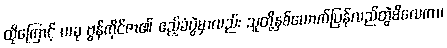
ထိုကြောင့် ယခု ဗွန်ကိုင်ဇာ၏ ဧည့်ခံပွဲမှာလည်း သူတို့နှစ်ယောက်ပြန်လည်တွဲမိလေကာ၊